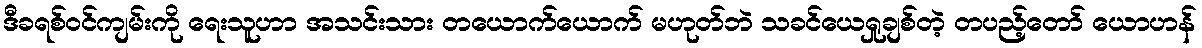
ဒီခရစ်ဝင်ကျမ်းကို ရေးသူဟာ အသင်းသား တယောက်ယောက် မဟုတ်ဘဲ သခင်ယေရှုချစ်တဲ့ တပည့်တော် ယောဟန်